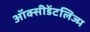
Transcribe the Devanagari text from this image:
ऑक्सीडेंटलिज्म